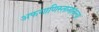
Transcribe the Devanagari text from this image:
अफगाणिस्तानातल्या